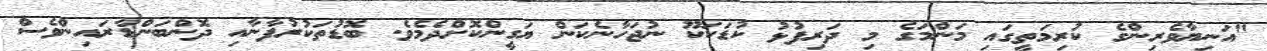
"އަނިޔާވެރިންގެ ކުރިމަތީގައި މަންމަގެ މި ދަރިފުޅު ކުޑަކަކޫ ނުޖަހާނެކަން ޔަގީންކޮށްދެމެވެ. ބޮޑުތަކުރުފާނާއި ދޮންބަންޑާރައިންވެސް